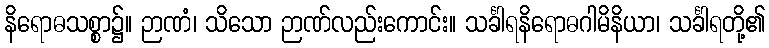
နိရောဓသစ္စာ၌။ ဉာဏံ၊ သိသော ဉာဏ်လည်းကောင်း။ သင်္ခါရနိရောဓဂါမိနိယာ၊ သင်္ခါရတို့၏